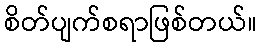
စိတ်ပျက်စရာဖြစ်တယ်။